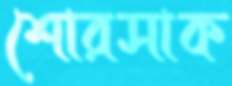
শোরসাক